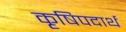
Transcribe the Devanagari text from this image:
कृषिपदार्थ